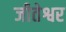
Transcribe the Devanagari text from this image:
जीतेश्वर